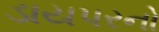
ડાયપરનો